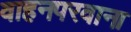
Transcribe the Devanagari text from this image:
वाहनपरवाना